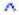
^